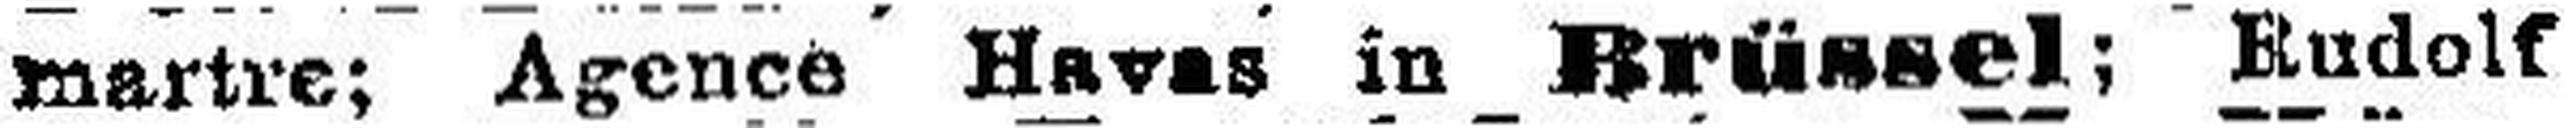
martre; Agence Havas in Brüssel; Rudolf